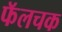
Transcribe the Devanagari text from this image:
फॅलचक